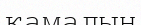
қамалын